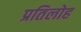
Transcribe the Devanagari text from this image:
प्रतिलोह